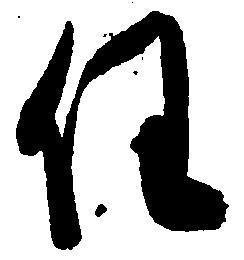
任